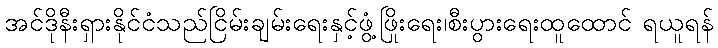
အင်ဒိုနီးရှားနိုင်ငံသည်ငြိမ်းချမ်းရေးနှင့်ဖွံ့ဖြိုးရေး၊စီးပွားရေးထူထောင် ရယူရန်